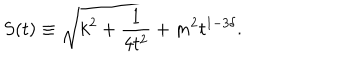
S ( t ) \equiv \sqrt { k ^ { 2 } + \frac { 1 } { 4 t ^ { 2 } } + m ^ { 2 } t ^ { 1 - 3 \delta } } .